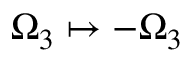
\Omega _ { 3 } \mapsto - \Omega _ { 3 }